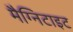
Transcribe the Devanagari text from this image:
मैग्निटाइट